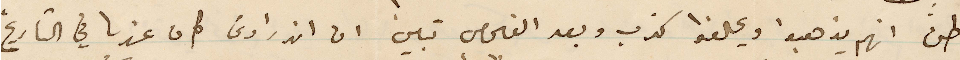
ظن انهم يذهبوا ويحلفوا كذب وبعد الفحص تبين ان اندراوس كان عندنا في التاريخ